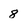
Character: 8